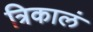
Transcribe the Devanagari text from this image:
त्रिकालं